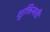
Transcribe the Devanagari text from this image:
शुक्तिमती